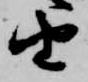
由